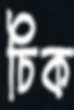
চিক